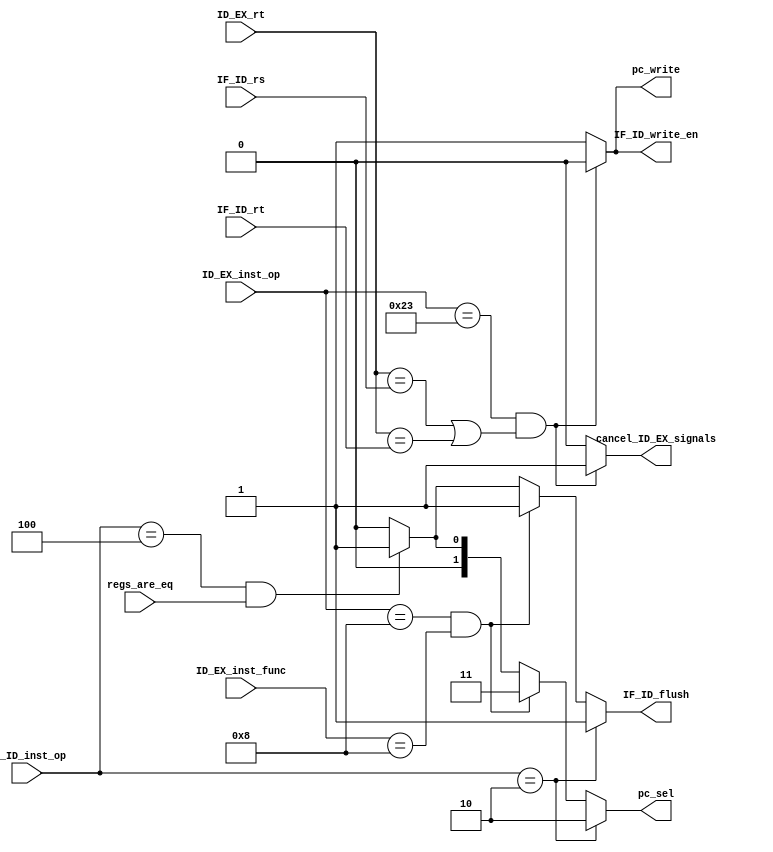
// This program was cloned from: https://github.com/sep-81/Computer-Architecture-Course-Projects
// License: MIT License

`define beq 6'b000100
`define lw 6'b100011
`define jr 6'b001000
`define j 6'b000010

`define f_jr 6'b001000

module HazardUnit (
    ID_EX_inst_op,
    ID_EX_inst_func,
    IF_ID_inst_op,
    ID_EX_rt,
    IF_ID_rs,
    IF_ID_rt,
    regs_are_eq,
    cancel_ID_EX_signals,
    pc_write,
    pc_sel,
    IF_ID_write_en,
    IF_ID_flush
);

  input [5:0] ID_EX_inst_op, ID_EX_inst_func, IF_ID_inst_op;
  input [4:0] ID_EX_rt, IF_ID_rs, IF_ID_rt;
  input regs_are_eq;

  output reg cancel_ID_EX_signals, pc_write, IF_ID_write_en, IF_ID_flush;
  output reg [1:0] pc_sel;

  always @(ID_EX_inst_op, ID_EX_inst_func, IF_ID_inst_op, ID_EX_rt, IF_ID_rs, IF_ID_rt, regs_are_eq) begin
    cancel_ID_EX_signals = 1'b0;
    pc_write = 1'b1;
    pc_sel = 1'b0;
    IF_ID_write_en = 1'b1;
    IF_ID_flush = 1'b0;

    if(ID_EX_inst_op == `lw & (ID_EX_rt == IF_ID_rs | ID_EX_rt == IF_ID_rt)) begin
      cancel_ID_EX_signals = 1'b1;
      pc_write = 1'b0;
      IF_ID_write_en = 1'b0;
    end

    if(IF_ID_inst_op == `beq & regs_are_eq) begin
      IF_ID_flush = 1'b1;
      pc_sel = 2'd1;
    end

    if(ID_EX_inst_op == `jr & ID_EX_inst_func == `f_jr) begin
      IF_ID_flush = 1'b1;
      pc_sel = 2'd3;
    end

    if(IF_ID_inst_op == `j) begin
      pc_sel = 2'd2;
      IF_ID_flush = 1'b1;
    end
  end

endmodule